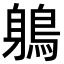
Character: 鵢